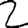
Digit: 2